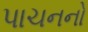
પાચનનો